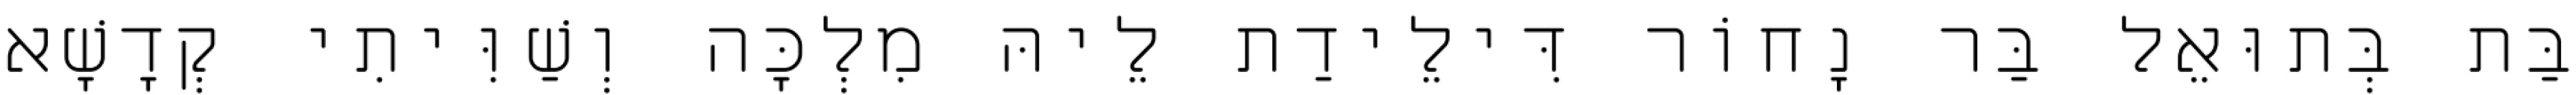
בַּת בְּתוּאֵל בַּר נָחוֹר דִּילֵידַת לֵיהּ מִלְכָּה וְשַׁוִּיתִי קְדָשָׁא